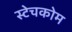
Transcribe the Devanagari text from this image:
स्टेचकोम